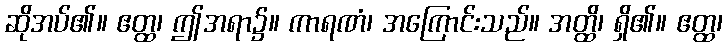
ဆိုအပ်၏။ ဧတ္ထ၊ ဤအရာ၌။ ကာရဏံ၊ အကြောင်းသည်။ အတ္ထိ၊ ရှိ၏။ ဧတ္ထ၊